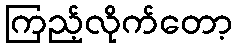
ကြည့်လိုက်တော့